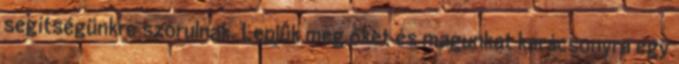
segítségünkre szorulnak. Lepjük meg őket és magunkat karácsonyra egy